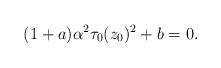
LaTeX: \begin{align*}(1 + a)\alpha^2 \tau_0(z_0)^2 + b = 0.\end{align*}